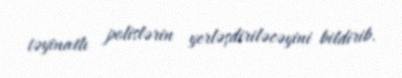
təyinatlı polislərin yerləşdiriləcəyini bildirib.